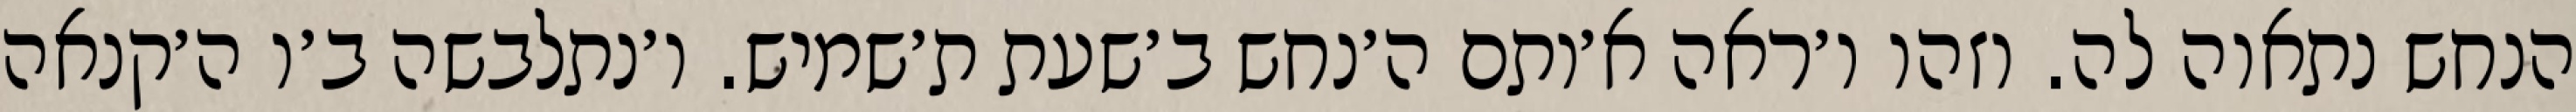
הנחש נתאוה לה. וזהו ו׳ראה א׳ותם ה׳נחש ב׳שעת ת׳שמיש. ו׳נתלבשה ב׳ו ה׳קנאה